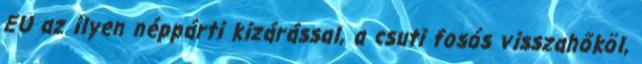
EU az ilyen néppárti kizárással, a csuti fosós visszahőköl,